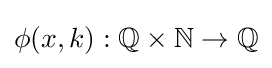
\phi (x,k):\mathbb {Q} \times \mathbb {N} \rightarrow \mathbb {Q}